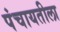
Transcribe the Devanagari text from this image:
पंचायतीला